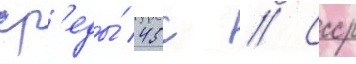
ср'еды́ 45с // Ссср